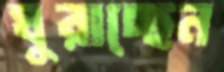
ঘুরাচ্ছেন